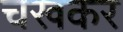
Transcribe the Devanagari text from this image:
चखकर